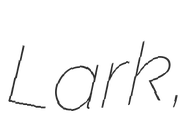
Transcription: Lark,